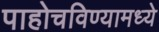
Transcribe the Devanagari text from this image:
पाहोचविण्यामध्ये